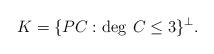
LaTeX: \begin{align*}K = \{ PC: \deg \: C \le 3 \}^\perp.\end{align*}